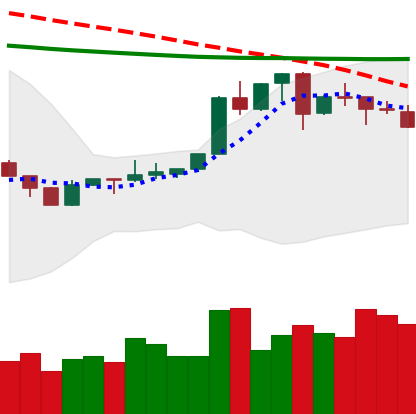
Ticker: XLM-USD
Chart end date: 2020-04-15
Forward return: 7.731%
Label: up_7plus